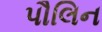
પૌલિન